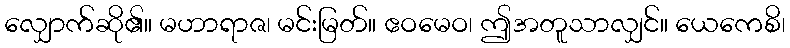
လျှောက်ဆို၏။ မဟာရာဇ၊ မင်းမြတ်။ ဧဝမေဝ၊ ဤအတူသာလျှင်။ ယေကေစိ၊